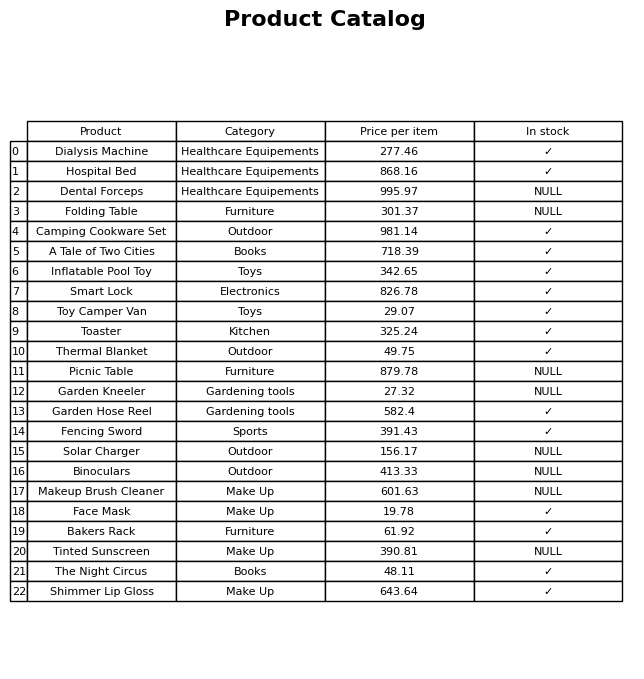
question: What is the price of the Garden Hose Reel?
answer: The price of Garden Hose Reel is 582.4.